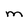
Character: M